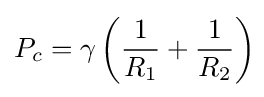
P_{c}=\gamma \left({\frac {1}{R_{1}}}+{\frac {1}{R_{2}}}\right)\!